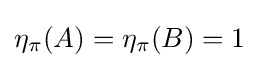
\eta _{\pi }(A)=\eta _{\pi }(B)=1